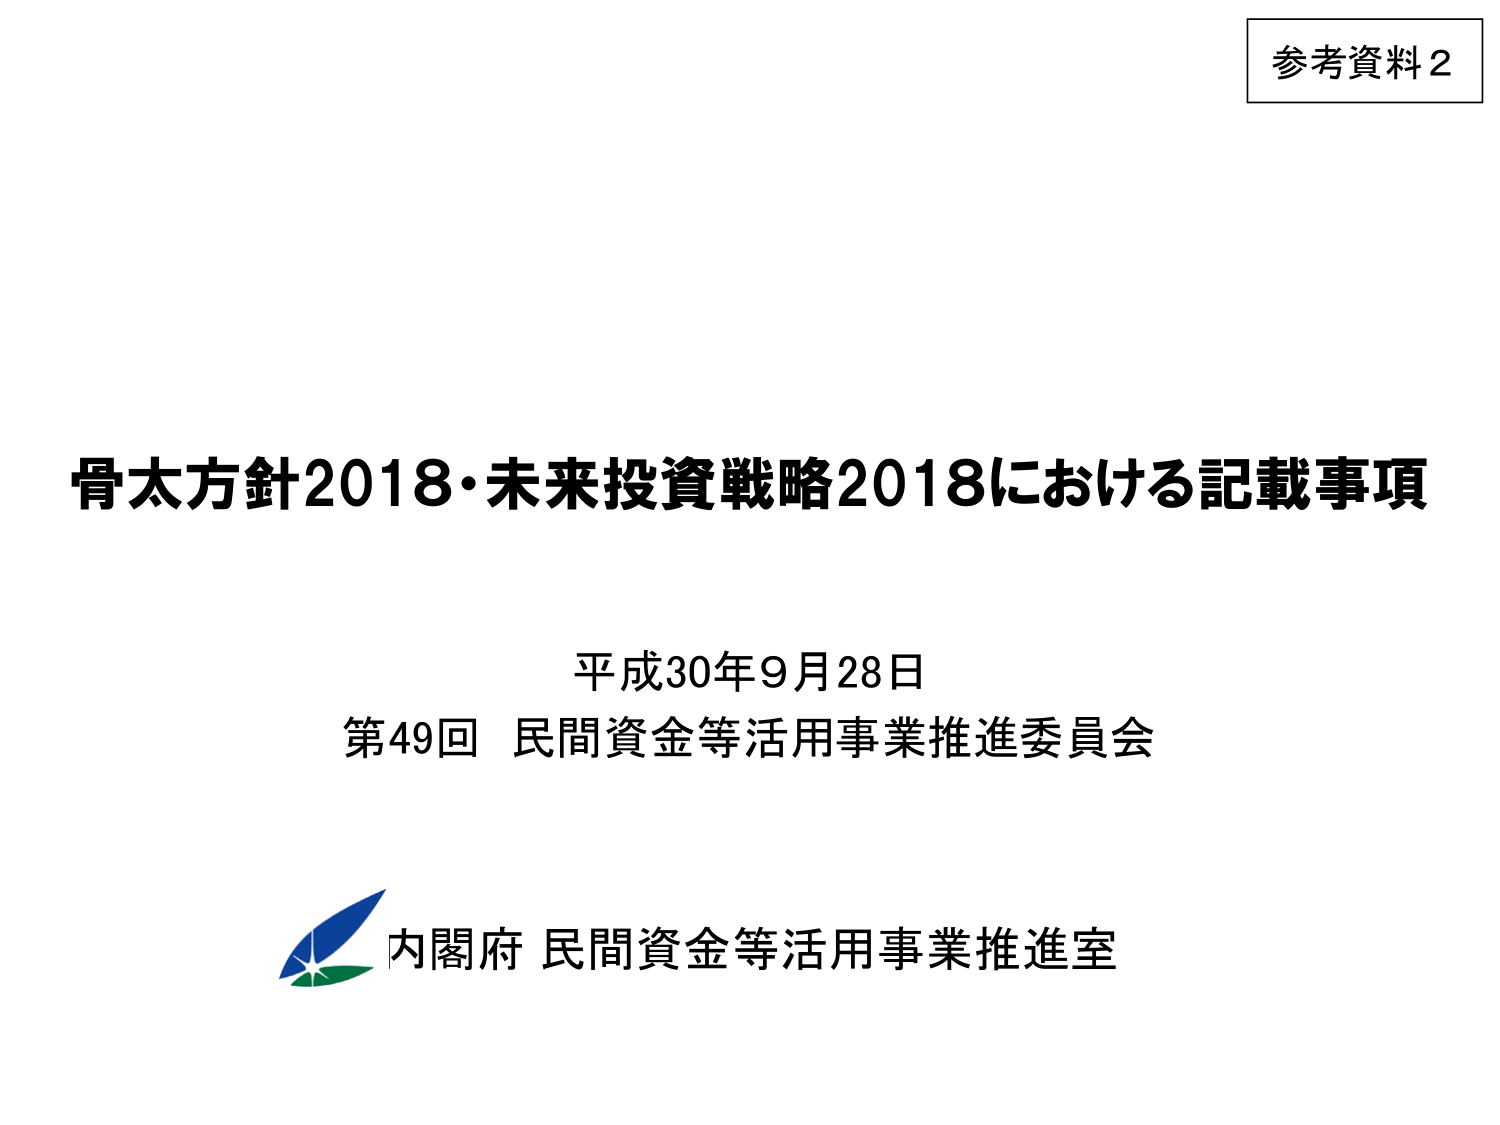
参考資料2

骨太方針2018・未来投資戦略2018における記載事項

平成30年9月28日
第49回 民間資金等活用事業推進委員会

内閣府 民間資金等活用事業推進室